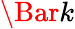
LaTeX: \Bar{k}